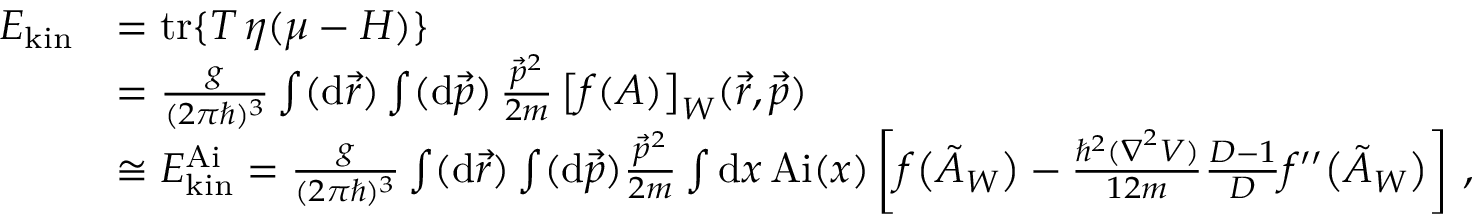
\begin{array} { r l } { E _ { \mathrm { k i n } } } & { = \mathrm { t r } \{ T \, \eta ( \mu - H ) \} } \\ & { = \frac { g } { ( 2 \pi \hbar ) ^ { 3 } } \int ( \mathrm { d } \vec { r } ) \int ( \mathrm { d } \vec { p } ) \, \frac { \vec { p } ^ { 2 } } { 2 m } \, \big [ f ( A ) \big ] _ { W } ( \vec { r } , \vec { p } ) } \\ & { \cong E _ { \mathrm { k i n } } ^ { \mathrm { A i } } = \frac { g } { ( 2 \pi \hbar ) ^ { 3 } } \int ( \mathrm { d } \vec { r } ) \int ( \mathrm { d } \vec { p } ) \frac { \vec { p } ^ { 2 } } { 2 m } \int \mathrm { d } x \, \mathrm { A i } ( x ) \left[ f \big ( \tilde { A } _ { W } \big ) - \frac { \hbar ^ { 2 } ( \boldsymbol { \nabla } ^ { 2 } V ) } { 1 2 m } \frac { D - 1 } { D } f ^ { \prime \prime } \big ( \tilde { A } _ { W } \big ) \right] \, , } \end{array}